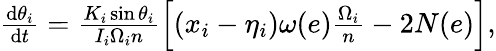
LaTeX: \begin{array}{r}{\frac{\mathrm{d}\theta_{i}}{\mathrm{d}t}=\frac{K_{i}\sin\theta_{i}}{I_{i}\Omega_{i}n}\left[\left(x_{i}-\eta_{i}\right)\omega(e)\frac{\Omega_{i}}{n}-2N(e)\right],}\end{array}